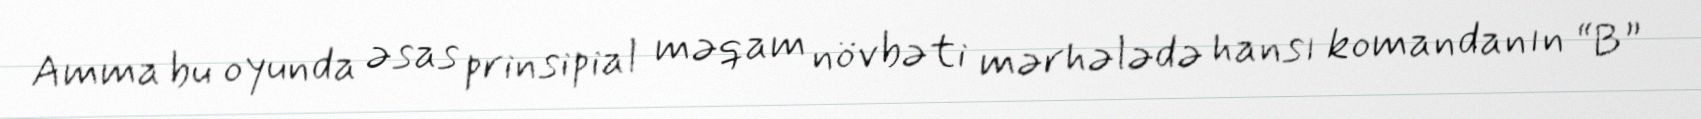
Amma bu oyunda əsas prinsipial məqam növbəti mərhələdə hansı komandanın “B”